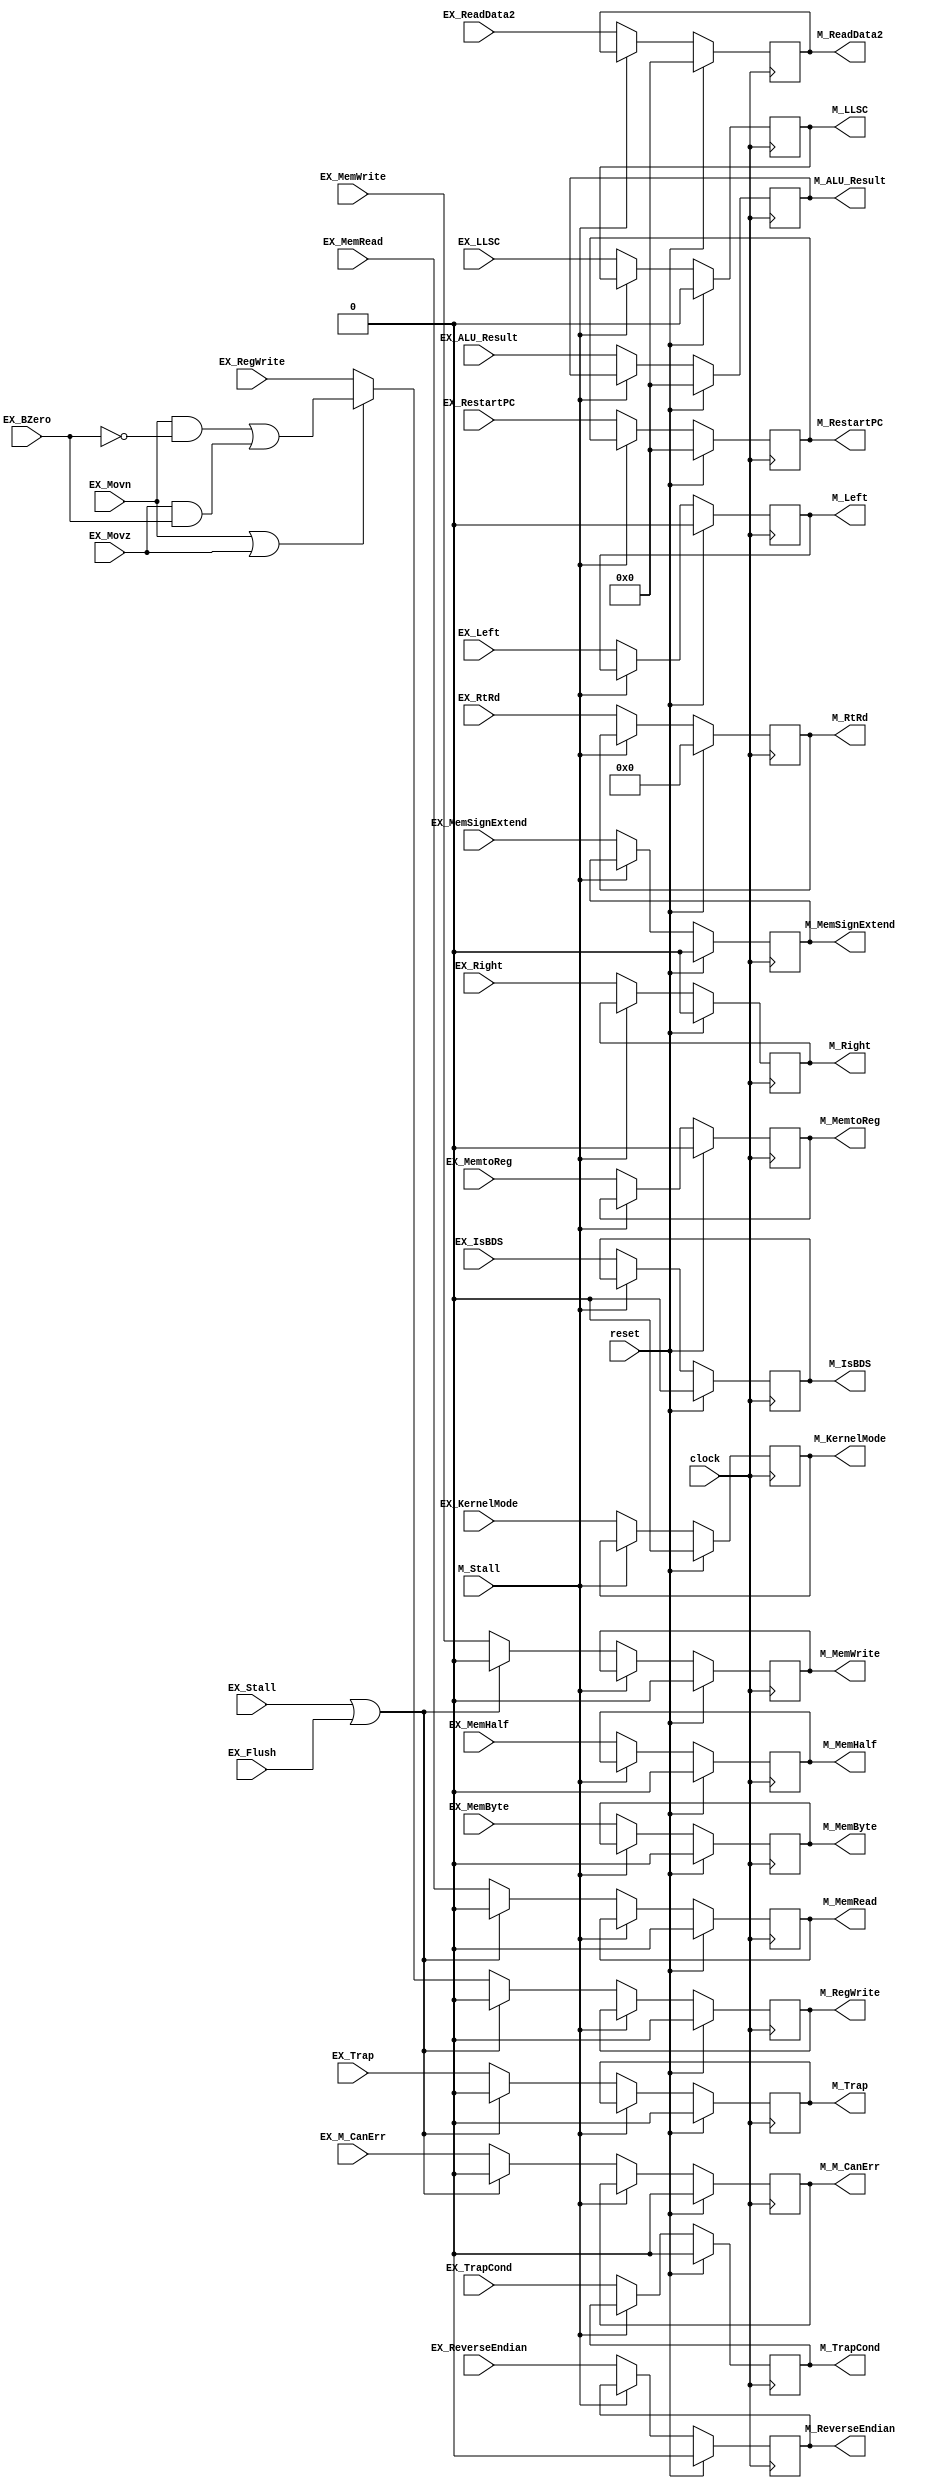
`timescale 1ns / 1ps
/*
 * Project      : University of Utah, XUM Project MIPS5000 core
 * Creator(s)   : Grant Ayers (ayers@cs.utah.edu)
 *
 * Modification History:
 *   Rev   Date         Initials  Description of Change
 *   1.0   9-Jun-2011   GEA       Initial design.
 *   2.0   26-Jul-2012  GEA       Many updates have been made.
 *
 * Standards/Formatting:
 *   Verilog 2001, 4 soft tab, wide column.
 *
 * Description:
 *   The Pipeline Register to bridge the Execute and Memory stages.
 */
module EXMEM_Stage(
    input  clock,
    input  reset,
    input  EX_Flush,
    input  EX_Stall,
    input  M_Stall,
    // Control Signals
    input  EX_Movn,
    input  EX_Movz,
    input  EX_BZero,
    input  EX_RegWrite,  // Future Control to WB
    input  EX_MemtoReg,  // Future Control to WB
    input  EX_ReverseEndian,
    input  EX_LLSC,
    input  EX_MemRead,
    input  EX_MemWrite,
    input  EX_MemByte,
    input  EX_MemHalf,
    input  EX_MemSignExtend,
    input  EX_Left,
    input  EX_Right,
    // Exception Control/Info
    input  EX_KernelMode,
    input  [31:0] EX_RestartPC,
    input  EX_IsBDS,
    input  EX_Trap,
    input  EX_TrapCond,
    input  EX_M_CanErr,
    // Data Signals
    input  [31:0] EX_ALU_Result,
    input  [31:0] EX_ReadData2,
    input  [4:0]  EX_RtRd,
    // ------------------
    output reg M_RegWrite,
    output reg M_MemtoReg,
    output reg M_ReverseEndian,
    output reg M_LLSC,
    output reg M_MemRead,
    output reg M_MemWrite,
    output reg M_MemByte,
    output reg M_MemHalf,
    output reg M_MemSignExtend,
    output reg M_Left,
    output reg M_Right,
    output reg M_KernelMode,
    output reg [31:0] M_RestartPC,
    output reg M_IsBDS,
    output reg M_Trap,
    output reg M_TrapCond,
    output reg M_M_CanErr,
    output reg [31:0] M_ALU_Result,
    output reg [31:0] M_ReadData2,
    output reg [4:0]  M_RtRd
    );

    /***
     The purpose of a pipeline register is to capture data from one pipeline stage
     and provide it to the next pipeline stage. This creates at least one clock cycle
     of delay, but reduces the combinatorial path length of signals which allows for
     higher clock speeds.

     All pipeline registers update unless the forward stage is stalled. When this occurs
     or when the current stage is being flushed, the forward stage will receive data that
     is effectively a NOP and causes nothing to happen throughout the remaining pipeline
     traversal. In other words:

     A stall masks all control signals to forward stages. A flush permanently clears
     control signals to forward stages (but not certain data for exception purposes).
    ***/

    // Mask of RegWrite if a Move Conditional failed.
    wire MovcRegWrite = (EX_Movn & ~EX_BZero) | (EX_Movz & EX_BZero);

    always @(posedge clock) begin
        M_RegWrite      <= (reset) ? 1'b0  : ((M_Stall) ? M_RegWrite      : ((EX_Stall | EX_Flush) ? 1'b0 : ((EX_Movn | EX_Movz) ? MovcRegWrite : EX_RegWrite)));
        M_MemtoReg      <= (reset) ? 1'b0  : ((M_Stall) ? M_MemtoReg                                      : EX_MemtoReg);
        M_ReverseEndian <= (reset) ? 1'b0  : ((M_Stall) ? M_ReverseEndian                                 : EX_ReverseEndian);
        M_LLSC          <= (reset) ? 1'b0  : ((M_Stall) ? M_LLSC                                          : EX_LLSC);
        M_MemRead       <= (reset) ? 1'b0  : ((M_Stall) ? M_MemRead       : ((EX_Stall | EX_Flush) ? 1'b0 : EX_MemRead));
        M_MemWrite      <= (reset) ? 1'b0  : ((M_Stall) ? M_MemWrite      : ((EX_Stall | EX_Flush) ? 1'b0 : EX_MemWrite));
        M_MemByte       <= (reset) ? 1'b0  : ((M_Stall) ? M_MemByte                                       : EX_MemByte);
        M_MemHalf       <= (reset) ? 1'b0  : ((M_Stall) ? M_MemHalf                                       : EX_MemHalf);
        M_MemSignExtend <= (reset) ? 1'b0  : ((M_Stall) ? M_MemSignExtend                                 : EX_MemSignExtend);
        M_Left          <= (reset) ? 1'b0  : ((M_Stall) ? M_Left                                          : EX_Left);
        M_Right         <= (reset) ? 1'b0  : ((M_Stall) ? M_Right                                         : EX_Right);
        M_KernelMode    <= (reset) ? 1'b0  : ((M_Stall) ? M_KernelMode                                    : EX_KernelMode);
        M_RestartPC     <= (reset) ? 32'b0 : ((M_Stall) ? M_RestartPC                                     : EX_RestartPC);
        M_IsBDS         <= (reset) ? 1'b0  : ((M_Stall) ? M_IsBDS                                         : EX_IsBDS);
        M_Trap          <= (reset) ? 1'b0  : ((M_Stall) ? M_Trap          : ((EX_Stall | EX_Flush) ? 1'b0 : EX_Trap));
        M_TrapCond      <= (reset) ? 1'b0  : ((M_Stall) ? M_TrapCond                                      : EX_TrapCond);
        M_M_CanErr      <= (reset) ? 1'b0  : ((M_Stall) ? M_M_CanErr      : ((EX_Stall | EX_Flush) ? 1'b0 : EX_M_CanErr));
        M_ALU_Result    <= (reset) ? 32'b0 : ((M_Stall) ? M_ALU_Result                                    : EX_ALU_Result);
        M_ReadData2     <= (reset) ? 32'b0 : ((M_Stall) ? M_ReadData2                                     : EX_ReadData2);
        M_RtRd          <= (reset) ? 5'b0  : ((M_Stall) ? M_RtRd                                          : EX_RtRd);
    end

endmodule